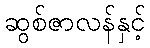
ဆွစ်ဇာလန်နှင့်